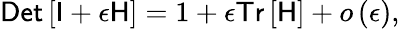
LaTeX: \textsf{Det}\left[\mathsf{I}+\epsilon\mathsf{H}\right]=1+\epsilon\textsf{Tr}\left[\mathsf{H}\right]+o\left(\epsilon\right),